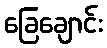
ခြေချောင်း